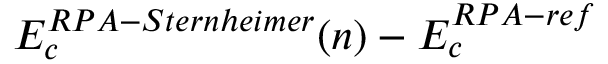
E _ { c } ^ { R P A - S t e r n h e i m e r } ( n ) - E _ { c } ^ { R P A - r e f }